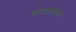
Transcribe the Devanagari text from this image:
वरदानाला